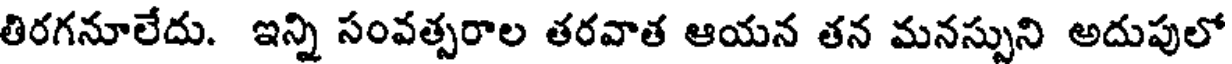
తిరగనూలేదు. ఇన్ని సంవత్సరాల తరవాత ఆయన తన మనస్సుని అదుపులో